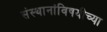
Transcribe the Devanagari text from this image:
संस्थानांविषयीच्या